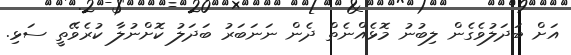
އަށް ބަދަލުވެގެން ލިބުނު މޮޅެއްނެތް ދެން ނަނަބަރު ބަދަލު ކޮށްނުލާ ކުރެވޭތީ ސަޅި.